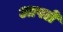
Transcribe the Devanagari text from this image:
अापले